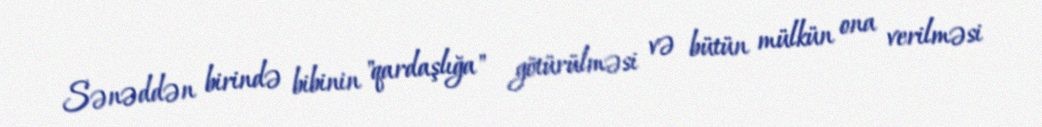
Sənəddən birində bibinin "qardaşlığa" götürülməsi və bütün mülkün ona verilməsi